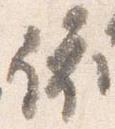
依